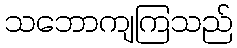
သဘောကျကြသည်